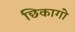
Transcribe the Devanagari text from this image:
छिकागो